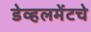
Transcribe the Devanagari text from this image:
डेव्हलमेंटचे